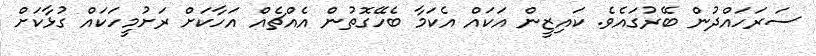
ސަރަހައްދުން ބޭރުގައެވެ. ކައިޒީން އަކައް އެކަމާ ބެހޭގޮތުން އެއްޗެއް އަހާކަށް ރަށުމީހަކައް ގުޅާކަށް